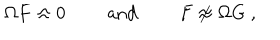
\Omega F \approx 0 \qquad \mathrm { ~ a n d ~ } \qquad F \not \approx \Omega G \ ,